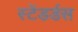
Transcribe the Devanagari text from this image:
स्टेंडर्डस